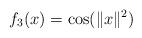
LaTeX: \begin{align*} f_3(x) = \cos(\Vert x \Vert^2) \end{align*}